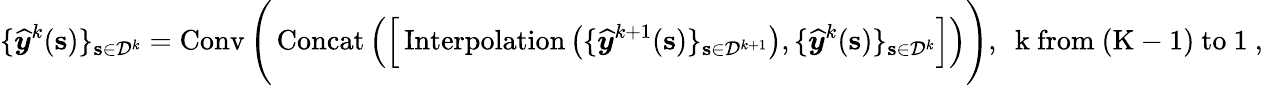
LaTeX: \{ \boldsymbol{{\widehat{y}}}^{k}(\mathbf{s})\} _{\mathbf{s}\in\mathcal{D}^{k}}=\operatorname{Conv}\Bigg(\operatorname{Concat}\Big(\Big[\operatorname{Interpolation}\big(\{ \boldsymbol{{\widehat{y}}}^{k+1}(\mathbf{s})\} _{\mathbf{s}\in\mathcal{D}^{k+1}}\big),\{ \boldsymbol{{\widehat{y}}}^{k}(\mathbf{s})\} _{\mathbf{s}\in\mathcal{D}^{k}}\Big]\Big)\Bigg),\ \mathrm{~k~from~(K-1)~to~1~},